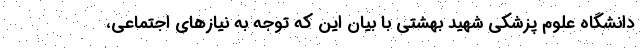
دانشگاه علوم پزشکی شهید بهشتی با بیان این که توجه به نیازهای اجتماعی،